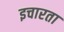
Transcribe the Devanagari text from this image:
इचारता